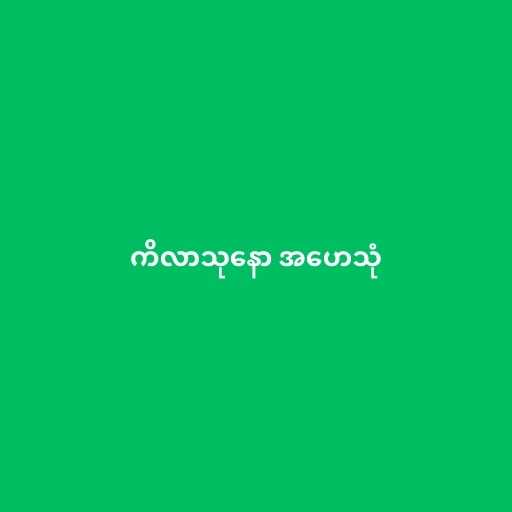
ကိလာသုနော အဟေသုံ